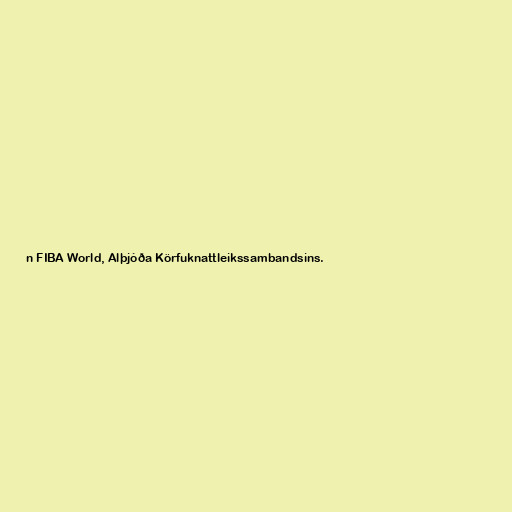
n FIBA World, Alþjóða Körfuknattleikssambandsins.